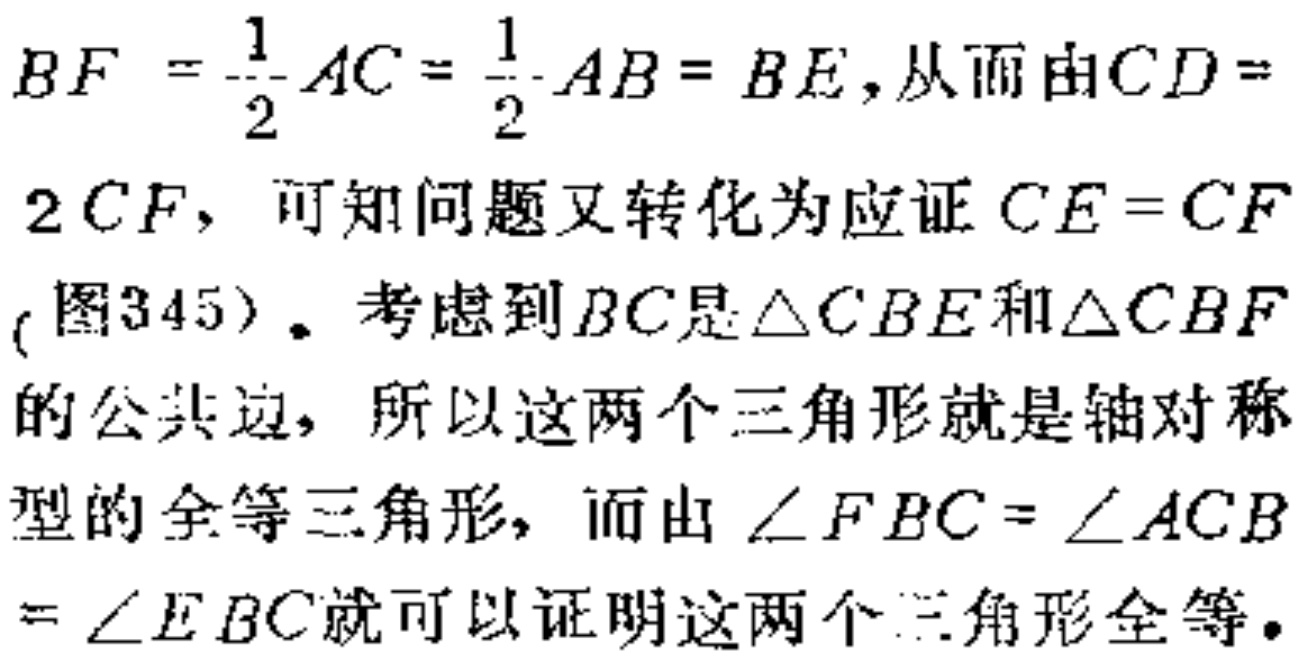
$BF = \frac{1}{2}AC = \frac{1}{2}AB = BE$, 从而由$CD = 2CF$, 可知问题又转化为应证$CE = CF$(图345). 考虑到$BC$是$\triangle CBE$和$\triangle CBF$的公共边, 所以这两个三角形就是轴对称型的全等三角形, 而由$\angle FBC = \angle ACB = \angle EBC$就可以证明这两个三角形全等.